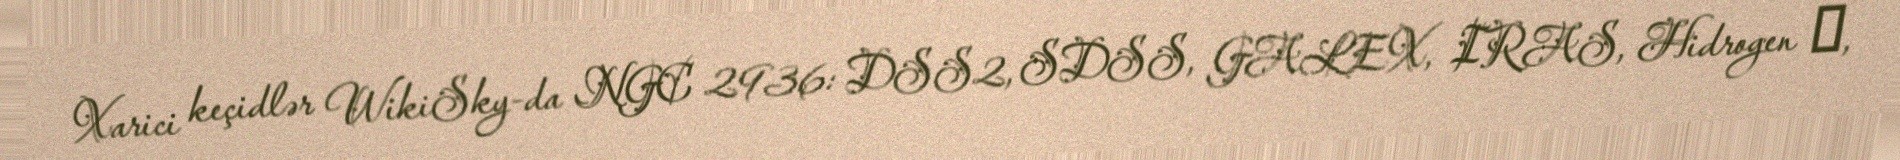
Xarici keçidlər WikiSky-da NGC 2936: DSS2, SDSS, GALEX, IRAS, Hidrogen α,